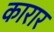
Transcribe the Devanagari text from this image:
कारार